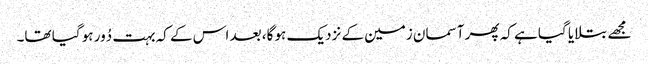
مجھے بتلایا گیا ہے کہ پھر آسمان زمین کے نزدیک ہو گا، بعد اس کے کہ بہت دُور ہو گیا تھا۔